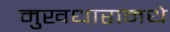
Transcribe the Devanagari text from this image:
मुखधारामधे